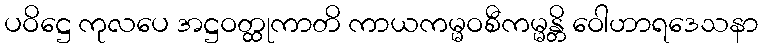
ပဝိဋ္ဌေ ကုလပေ အဋ္ဌဝတ္ထုကာတိ ကာယကမ္မဝစီကမ္မန္တိ ဝေါဟာရဒေသနာ